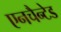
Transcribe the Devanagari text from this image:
एनचैन्टेड